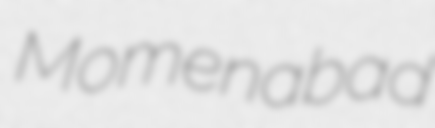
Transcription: Momenabad